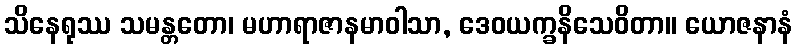
သိနေရုဿ သမန္တတော၊ မဟာရာဇာနမာဝါသာ, ဒေဝယက္ခနိသေဝိတာ။ ယောဇနာနံ